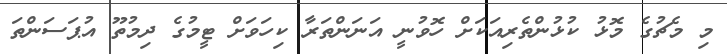
މި މެޗުގެ މޮޅު ކުޅުންތެރިއަކަށް ހޮވުނީ އަނަންތަރާ ކިހަވަށް ޓީމުގެ ދިމުތޫ އުޕަސަންތަ